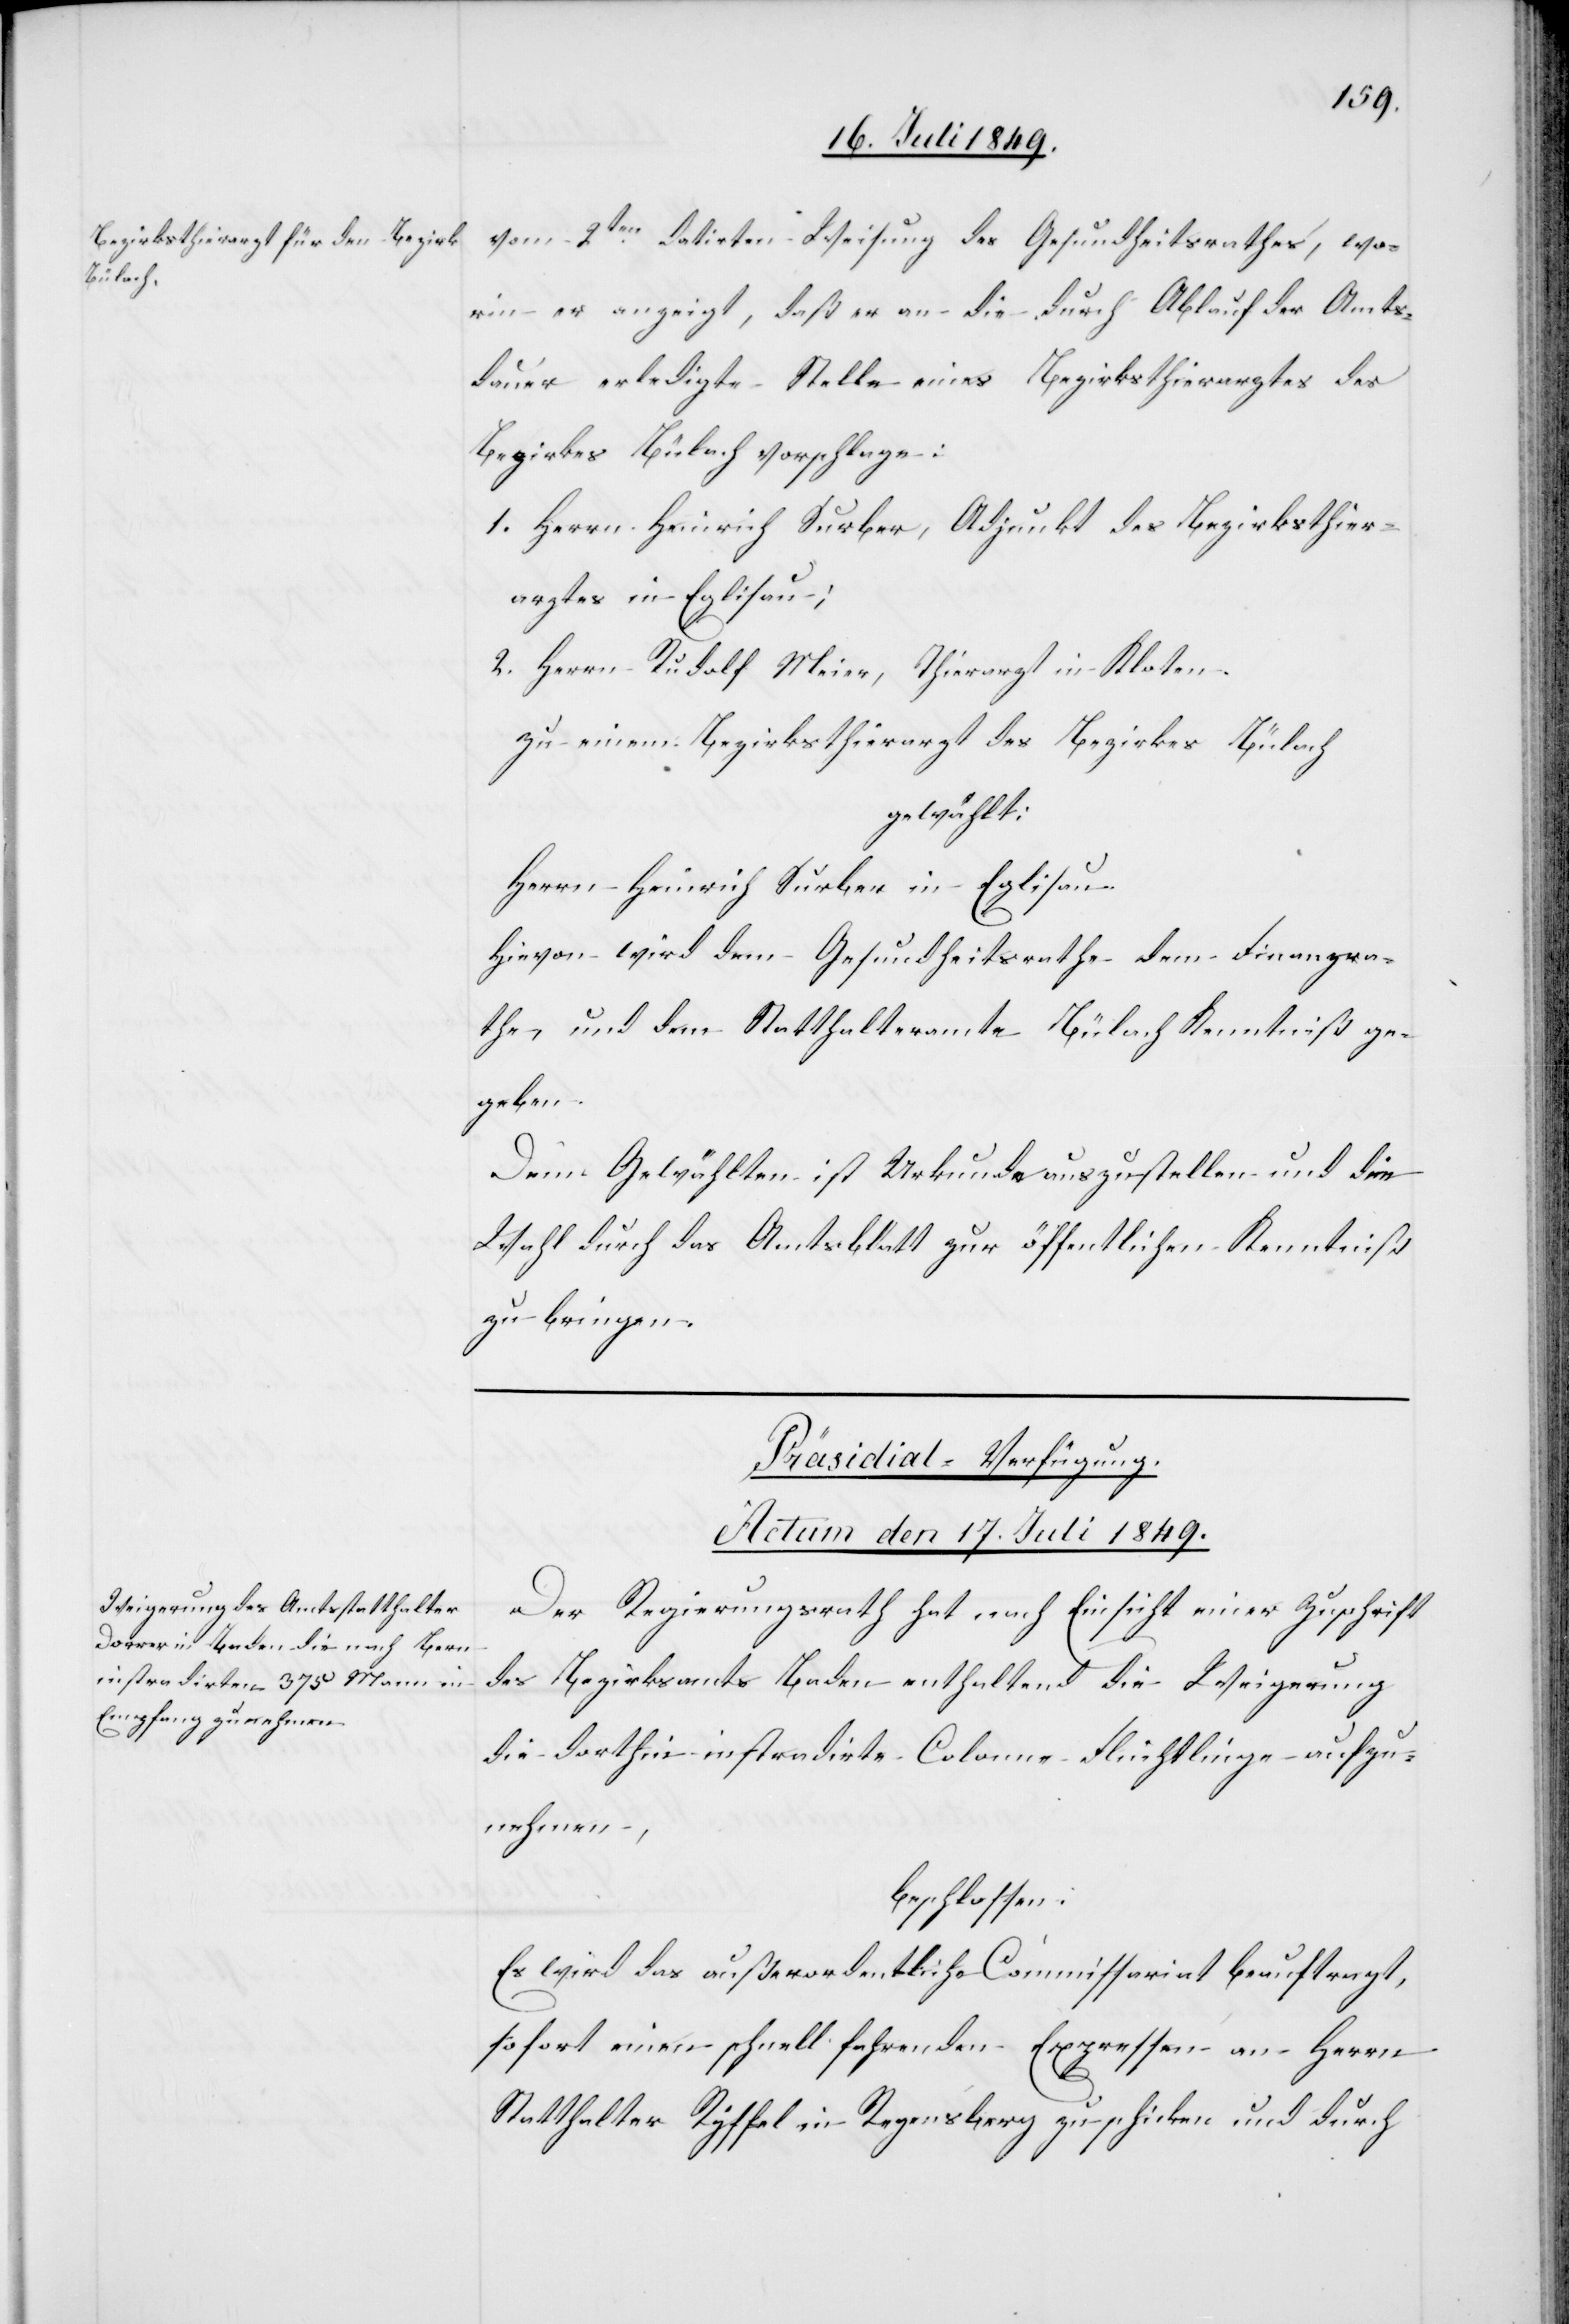
vom 2ten datirten Weisung des Gesundheitsrathes, wo¬
rin er anzeigt, daß er an die durch Ablauf der Amts¬
dauer erledigte Stelle eines Bezirksarztes des
Bezirkes Bülach vorschlage:
1. Herrn Heinrich Surber, Adjunkt des Bezirksthier¬
arztes in Eglisau;
2. Herrn Rudolf Meier, Thierarzt in Kloten.
zu einem Bezirksthierarzt des Bezirkes Bülach
gewählt:
Herrn Heinrich Surber in Eglisau.
Hievon wird dem Gesundheitsrathe dem Finanzra¬
the, und dem Statthalteramte Bülach Kenntniß ge¬
geben.
Dem Gewählten ist Urkunde auszustellen und die
Wahl durch das Amtsblatt zur öffentlichen Kenntniß
zu bringen.
Präsidial-Verfügung.
Actum den 17. Juli 1849.
Der Regierungsrath hat nach Einsicht einer Zuschrift
des Bezirksamts Baden enthaltend die Weigerung
die dorthin instradirte Colonne Flüchtlinge aufzu¬
nehmen,
beschlossen:
Es wird das außerordentliche Commissariat beauftragt,
sofort einen schnell fahrenden Expressen an Herrn
Statthalter Ryffel in Regensberg zu schicken und durch